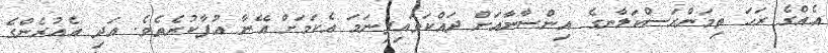
އެއްގެ ރަހަ ތިމަންރަސްކަލާނގެ އިންސާނާއަށް ދައްކަވައިފިނަމަ އެކަމަށް އޭނާ އުފާކުރެތެވެ. އަދި އެއުރެންގެ